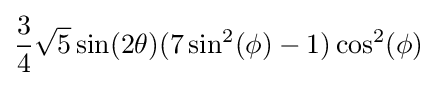
{\frac {3}{4}}{\sqrt {5}}\sin(2\theta )(7\sin ^{2}(\phi )-1)\cos ^{2}(\phi )